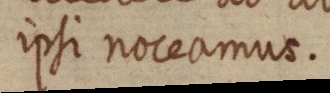
ipsi noceamur.